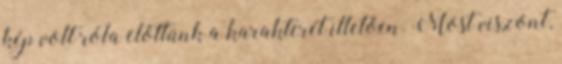
kép volt róla előttünk a karakterét illetően. Most viszont,